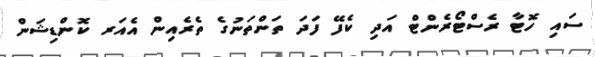
ސައި ހޮޓާ ރެސްޓޯރެންޓް އަދި ކެފޭ ފަދަ ތަންތަނުގެ ތެރެއިން އެއަރ ކޮންޑިޝަން